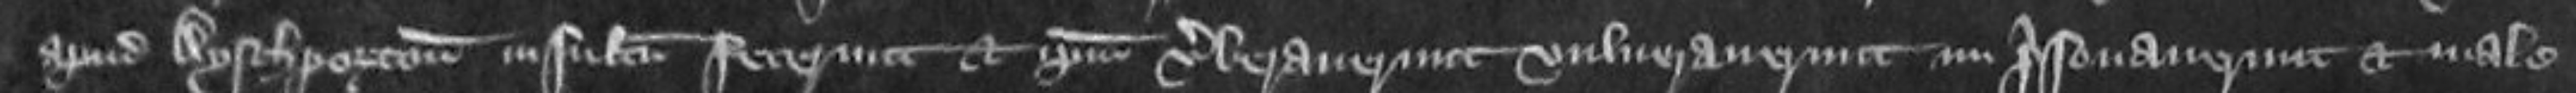
apud Aysthperton insultum fecereunt et ipsum verberaverunt vulneraverunt imprisonaverunt et male